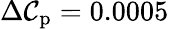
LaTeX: \Delta\mathcal{C}_{\mathrm{{p}}}=0.0005